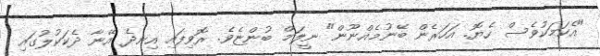
"އެކަމަކުވެސް ހެޔޮ. އަހަރެން ބޭނުމެއްނޫން" ނީލަމް ބުންޏެވެ. ރޮވިފައި އިނދެ އޭނާ ދެކަކުލުގައި